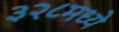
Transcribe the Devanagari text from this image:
३२८मध्ये